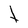
Character: t